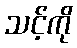
သင့်ကို